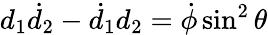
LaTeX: d_{1}\dot{d}_{2}-\dot{d}_{1}d_{2}=\dot{\phi}\sin^{2}\theta